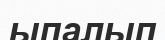
ыпалып